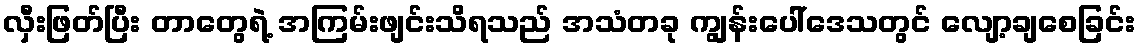
လှီးဖြတ်ပြီး တာတွေရဲ့ အကြမ်းဖျင်းသိရသည် အသံတခု ကျွန်းပေါ်ဒေသတွင် လျော့ချစေခြင်း